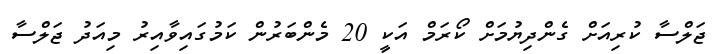
ޖަލްސާ ކުރިއަށް ގެންދިޔުމަށް ކޯރަމް އަކީ 20 މެންބަރުން ކަމުގައިވާއިރު މިއަދު ޖަލްސާ